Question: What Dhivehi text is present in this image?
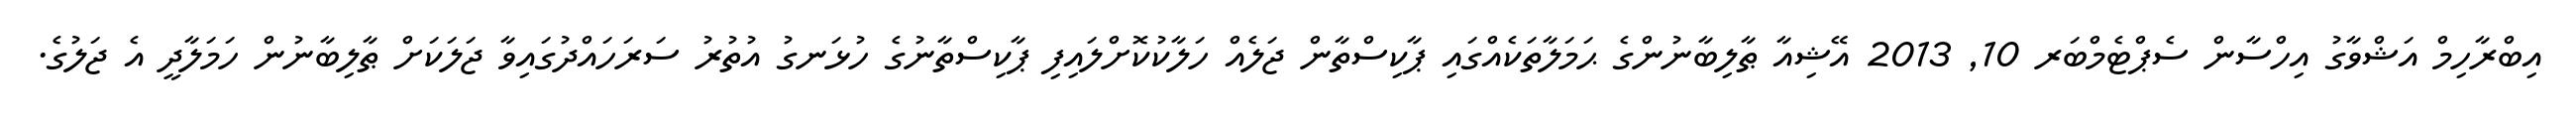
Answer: އިބްރާހިމް އަޝްވާގު އިހްސާން ސެޕްޓެމްބަރ 10, 2013 އޭޝިއާ ޠާލިބާނުންގެ ޙަމަލާތަކެއްގައި ޕާކިސްތާން ޖަލެއް ހަލާކުކޮށްލައިފި ޕާކިސްތާނުގެ ހުޅަނގު އުތުރު ސަރަހައްދުގައިވާ ޖަލަކަށް ޠާލިބާނުން ހަމަލާދީ އެ ޖަލުގެ.